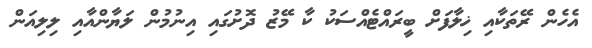
އެހެން ރޭތަކާއި ޚިލާފަށް ބީރައްޓެއްސަކު ކާ މޭޒު ދޮށުގައި އިނުމުން ލަޔާންއާއި ލިލިއަން